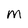
Character: M